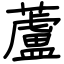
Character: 蘆